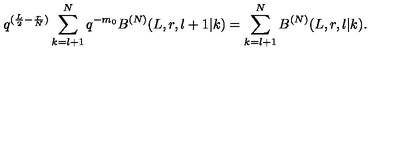
q ^ { ( \frac { L } { 2 } - \frac { r } { N } ) } \sum _ { k = l + 1 } ^ { N } q ^ { - m _ { 0 } } B ^ { ( N ) } ( L , r , l + 1 | k ) = \sum _ { k = l + 1 } ^ { N } B ^ { ( N ) } ( L , r , l | k ) .